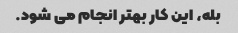
بله، این کار بهتر انجام می شود.